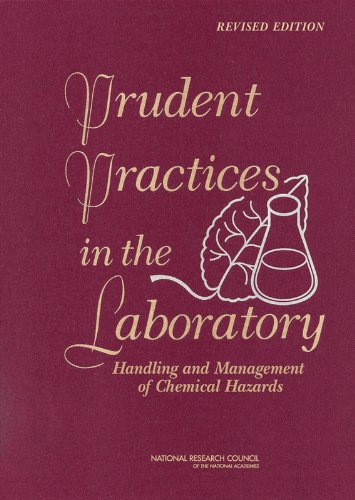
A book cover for Prudent Practices in the Laboratory:: Handling and Management of Chemical Hazards, Updated Version; The Committee on Prudent Practices in the Laboratory: An Update; Science & Math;